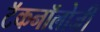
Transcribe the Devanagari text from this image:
टॅकनॉलोजी